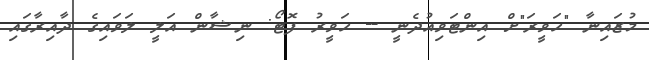
މުޒައިނާ "ހަވީރަ"ށް އިންޓަވިއުދެނީ -- ހަވީރު ފޮޓޯ: ނިޝާން އަލީ ލަވައިގެ ދާއިރާގައި